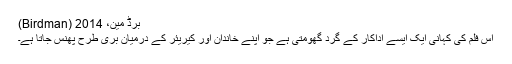
برڈ مین، 2014 (Birdman)
اس فلم کی کہانی ایک ایسے اداکار کے گرد گھومتی ہے جو اپنے خاندان اور کیریئر کے درمیان بری طرح پھنس جاتا ہے۔